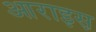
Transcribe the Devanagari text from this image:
आराइस़